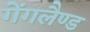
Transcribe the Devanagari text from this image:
गेंगलैण्ड